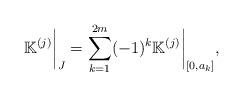
LaTeX: \begin{align*}\mathbb{K}^{(j)}\bigg|_{J} = \sum_{k=1}^{2m} (-1)^k \mathbb{K}^{(j)}\bigg|_{[0,a_{k}]},\end{align*}